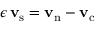
\epsilon \, { \mathbf { v } _ { \mathrm { s } } } = { \mathbf { v } _ { \mathrm { n } } } - { \mathbf { v } _ { \mathrm { c } } }